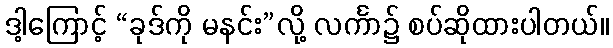
ဒါ့ကြောင့် “ခုဒ်ကို မနင်း”လို့ လင်္ကာ၌ စပ်ဆိုထားပါတယ်။